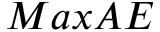
M a x A E